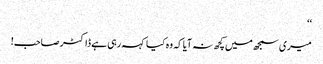
‘‘
میری سمجھ میں کچھ نہ آیا کہ وہ کیا کہہ رہی ہے ڈاکٹر صاحب!